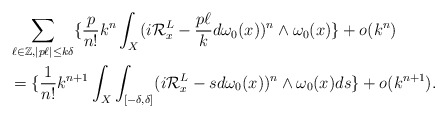
\begin{align*} &\sum_{\ell\in\mathbb{Z},\left\vert p\ell\right\vert\leq k\delta}\lbrace\frac{p}{n!}k^{n}\int_X(i\mathcal{R}^L_x-\frac{p\ell}{k}d\omega_0(x))^{n}\wedge\omega_0(x) \rbrace+o(k^{n})\\&=\lbrace\frac{1}{n!}k^{n+1}\int_X\int_{[-\delta,\delta]}(i\mathcal{R}^L_x-sd\omega_0(x))^{n}\wedge\omega_0(x)ds\rbrace+o(k^{n+1}).\end{align*}